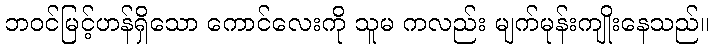
ဘဝင်မြင့်ဟန်ရှိသော ကောင်လေးကို သူမ ကလည်း မျက်မုန်းကျိုးနေသည်။